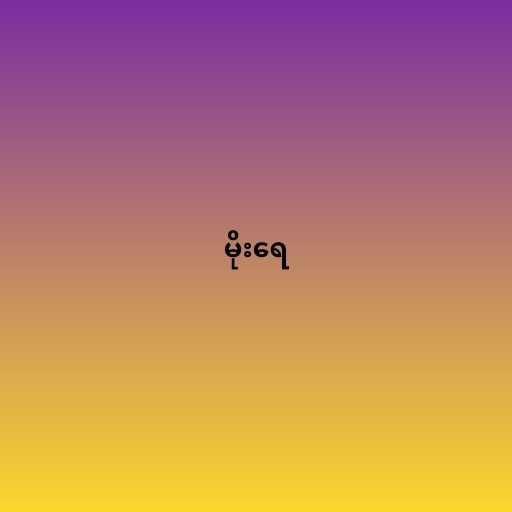
မိုးရေ